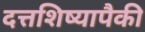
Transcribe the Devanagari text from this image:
दत्तशिष्यापैकी